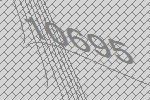
10695